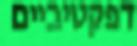
דפקטיביים